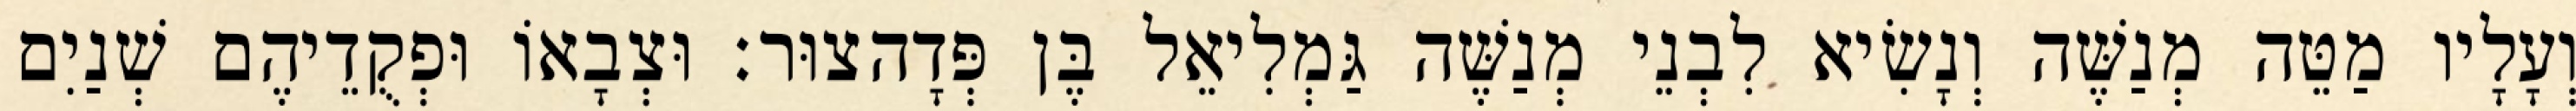
וְעָלָיו מַטֵּה מְנַשֶּׁה וְנָשִׂיא לִבְנֵי מְנַשֶּׁה גַּמְלִיאֵל בֶּן פְּדָהצוּר׃ וּצְבָאוֹ וּפְקֻדֵיהֶם שְׁנַיִם